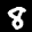
Label: 8